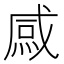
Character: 𱫢